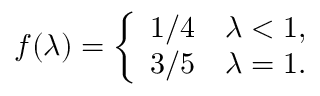
f ( \lambda ) = \left\{ \begin{array} { l l } { 1 / 4 } & { \lambda < 1 , } \\ { 3 / 5 } & { \lambda = 1 . } \end{array} \right.